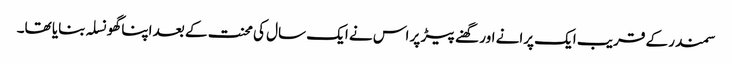
سمندر کے قریب ایک پرانے اور گھنے پیڑ پر اس نے ایک سال کی محنت کے بعد اپنا گھونسلہ بنایا تھا۔